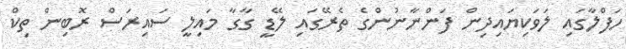
ހަފްލާގައި ލަވަކިޔައިދިން ފަންނާނުންގެ ތެރޭގައި ލޭޑީ ގާގާ މައިލީ ސައިރަސް ރޮބިން ތިކް